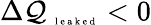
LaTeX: \Delta\mathcal{Q}_{\mathrm{{~\tiny~l~e~a~k~e~d~}}}<0